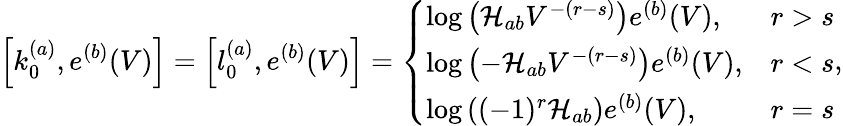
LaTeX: \left[k_{0}^{(a)},e^{(b)}(V)\right]=\left[l_{0}^{(a)},e^{(b)}(V)\right]=\left\{ \begin{array}{ll}{\log\left(\mathcal{H}_{ab}V^{-(r-s)}\right)e^{(b)}(V),}&{r>s}\\ {\log\left(-\mathcal{H}_{ab}V^{-(r-s)}\right)e^{(b)}(V),}&{r<s}\\ {\log\left((-1)^{r}\mathcal{H}_{ab}\right)e^{(b)}(V),}&{r=s}\end{array}\right.,